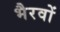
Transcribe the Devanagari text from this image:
भैरवों